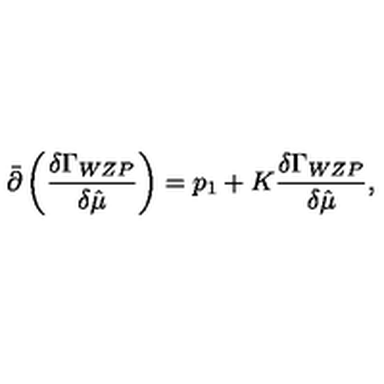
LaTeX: { \bar { \partial } } \left( { \frac { \delta \Gamma _ { W Z P } } { \delta { \hat { \mu } } } } \right) = p _ { 1 } + K { \frac { \delta \Gamma _ { W Z P } } { \delta { \hat { \mu } } } } ,